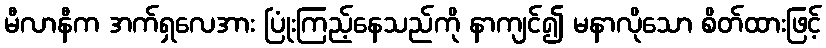
မီလာနီက အက်ရှလေအား ပြုံးကြည့်နေသည်ကို နာကျင်၍ မနာလိုသော စိတ်ထားဖြင့်